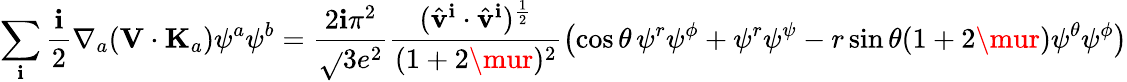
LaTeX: \sum_{\mathbf{i}}\frac{{\mathbf{i}}}{{2}}\nabla_{a}({\mathbf{V}}\cdot{\mathbf{K}}_{a})\psi^{a}\psi^{b}=\frac{{2\mathbf{i}\pi^{2}}}{{\sqrt{}{{3}}e^{2}}}\frac{{(\hat{{\mathbf{v}}}^{\mathbf{i}}\cdot\hat{{\mathbf{v}}}^{\mathbf{i}})^{\frac{{1}}{{2}}}}}{{(1+2\mur)^{2}}}\left(\cos\theta\, \psi^{r}\psi^{\phi}+\psi^{r}\psi^{\psi}-r\sin\theta(1+2\mur)\psi^{\theta}\psi^{\phi}\right)